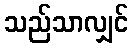
သည်သာလျှင်